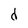
Character: d